Civil Veterinary Dept. Bombay admin report 1900-1906 - 1900-1906
Year: 1900
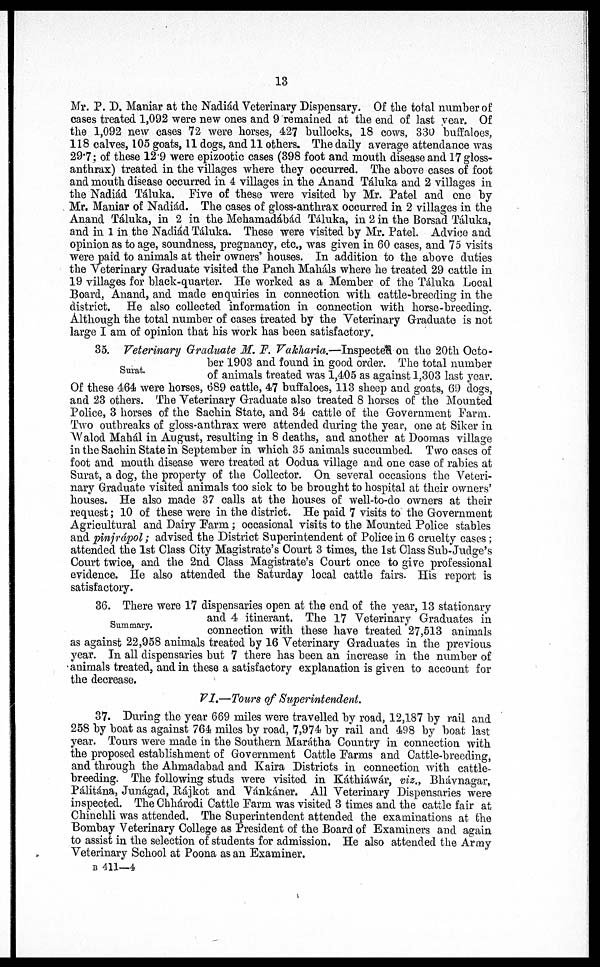
13
Mr. P. D. Maniar at the Nadiád Veterinary Dispensary. Of the total number of
cases treated 1,092 were new ones and 9 remained at the end of last year. Of
the 1,092 new cases 72 were horses, 427 bullocks, 18 cows, 330 buffaloes,
118 calves, 105 goats, 11 dogs, and 11 others. The daily average attendance was
29.7; of these 12.9 were epizootic cases (398 foot and mouth disease and 17 gloss-
anthrax) treated in the villages where they occurred. The above cases of foot
and mouth disease occurred in 4 villages in the Anand Táluka and 2 villages in
the Nadiád Táluka. Five of these were visited by Mr. Patel and one by
Mr, Maniar of Nadiád. The cases of gloss-anthrax occurred in 2 villages in the
Anand Táluka, in 2 in the Mehamadábád Táluka, in 2 in the Borsad Táluka,
and in 1 in the Nadiád Táluka. These were visited by Mr. Patel. Advice and
opinion as to age, soundness, pregnancy, etc., was given in 60 cases, and 75 visits
were paid to animals at their owners' houses. In addition to the above duties
the Veterinary Graduate visited the Panch Maháls where he treated 29 cattle in
19 villages for black-quarter. He worked as a Member of the Táluka Local
Board, Anand, and made enquiries in connection with cattle-breeding in the
district. He also collected information in connection with horse-breeding.
Although the total number of cases treated by the Veterinary Graduate is not
large I am of opinion that his work has been satisfactory.
Surat.
35. Veterinary Graduate M. F. Vakharia.—Inspected on the 20th Octo-
ber 1903 and found in good order. The total number
of animals treated was 1,405 as against 1,303 last year.
Of these 464 were horses, 689 cattle, 47 buffaloes, 113 sheep and goats, 69 dogs,
and 23 others. The Veterinary Graduate also treated 8 horses of the Mounted
Police, 3 horses of the Sachin State, and 34 cattle of the Government Farm.
Two outbreaks of gloss-anthrax were attended during the year, one at Siker in
Walod Mahál in August, resulting in 8 deaths, and another at Doomas village
in the Sachin State in September in which 35 animals succumbed. Two cases of
foot and mouth disease were treated at Oodua village and one case of rabies at
Surat, a dog, the property of the Collector. On several occasions the Veteri-
nary Graduate visited animals too sick to be brought to hospital at their owners'
houses. He also made 37 calls at the houses of well-to-do owners at their
request; 10 of these were in the district. He paid 7 visits to the Government
Agricultural and Dairy Farm; occasional visits to the Mounted Police stables
and pinjrápol; advised the District Superintendent of Police in 6 cruelty cases;
attended the 1st Class City Magistrate's Court 3 times, the 1st Class Sub-Judge's
Court twice, and the 2nd Class Magistrate's Court once to give professional
evidence. He also attended the Saturday local cattle fairs. His report is
satisfactory.
Summary.
36. There were 17 dispensaries open at the end of the year, 13 stationary
and 4 itinerant. The 17 Veterinary Graduates in
connection with these have treated 27,513 animals
as against 22,958 animals treated by 16 Veterinary Graduates in the previous
year. In all dispensaries but 7 there has been an increase in the number of
animals treated, and in these a satisfactory explanation is given to account for
the decrease.
VI.—Tours of Superintendent.
37. During the year 669 miles were travelled by road, 12,187 by rail and
258 by boat as against 764 miles by road, 7,974 by rail and 498 by boat last
year. Tours were made in the Southern Marátha Country in connection with
the proposed establishment of Government Cattle Farms and Cattle-breeding,
and through the Ahmadabad and Kaira Districts in connection with cattle-
breeding. The following studs were visited in Káthiáwár, viz., Bhávnagar,
Pálitána, Junágad, Rájkot and Vánkáner. All Veterinary Dispensaries were
inspected. The Chhárodi Cattle Farm was visited 3 times and the cattle fair at
Chinchli was attended. The Superintendent attended the examinations at the
Bombay Veterinary College as President of the Board of Examiners and again
to assist in the selection of students for admission. He also attended the Army
Veterinary School at Poona as an Examiner.
B 411—4